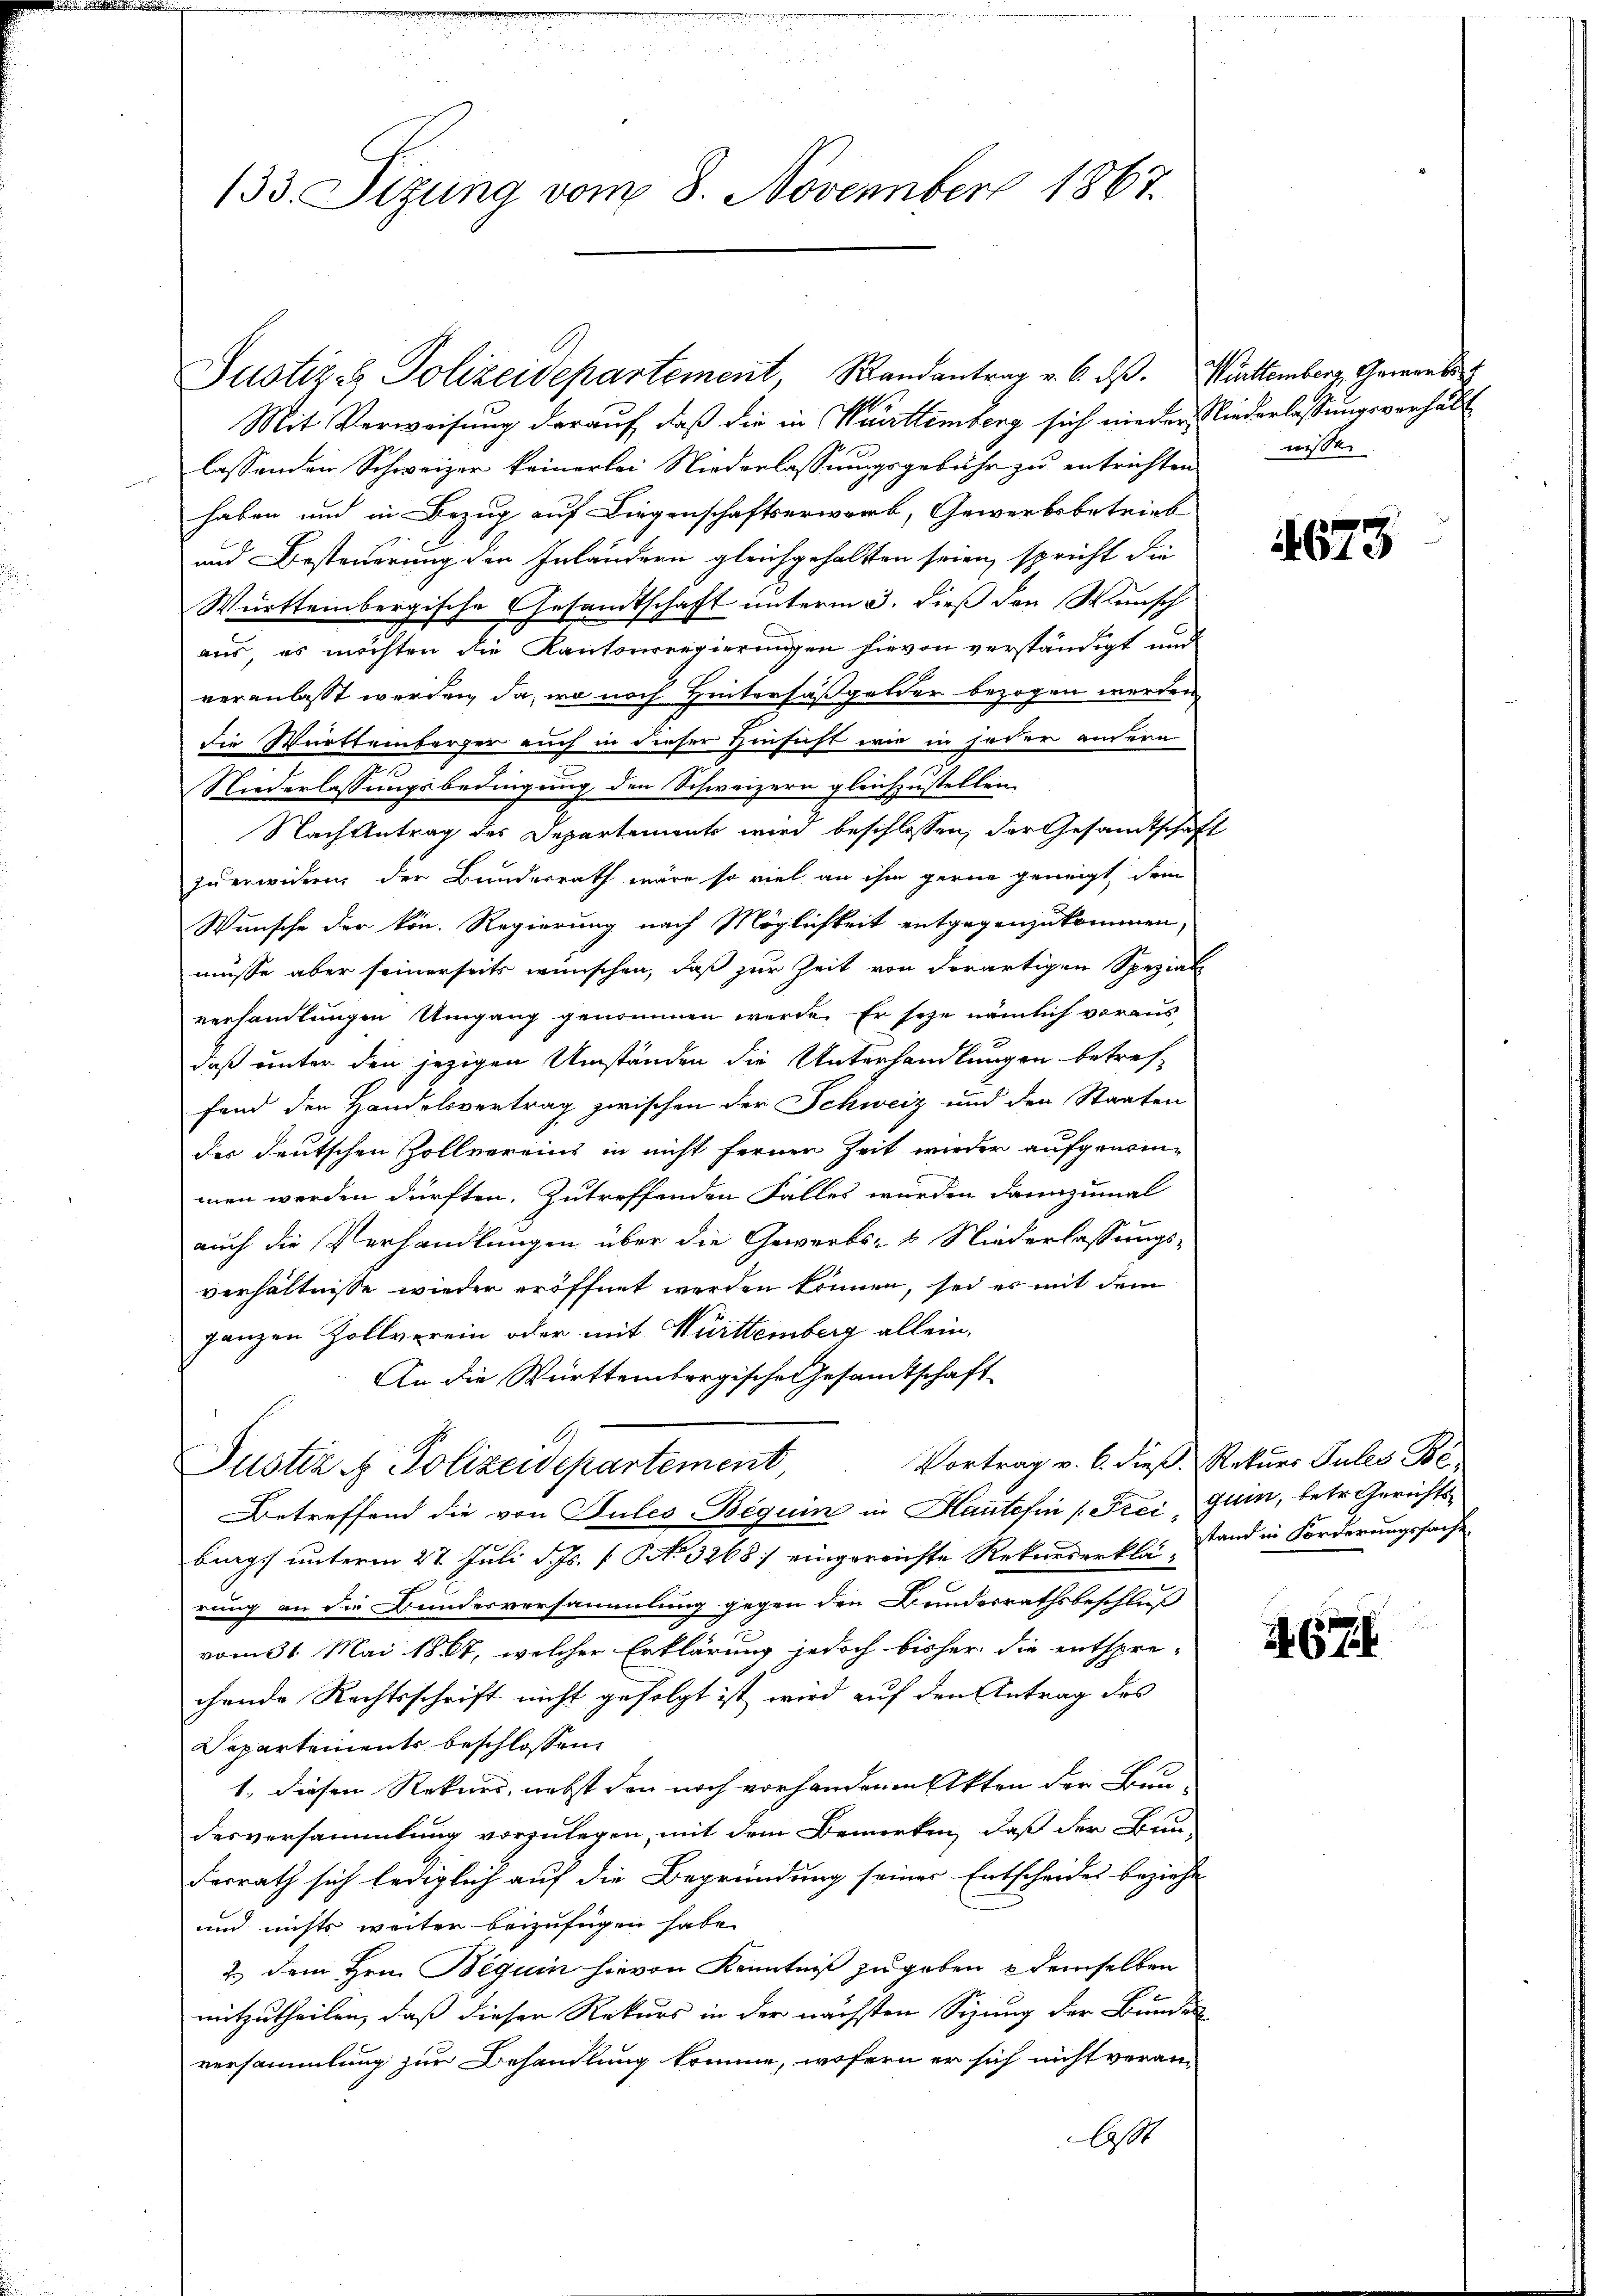
133. Sizung vom 8. November 1867.

Justiz- Polizeidepartement, Randantrag v. 6. dß. Württemberg, Gewerbe
Mit Verweisung darauf, daß die in Warttemberg sich nieder Niederlassungsverhältlassenden Schweizer keinerlei Niederlassungsgebühr zu entrichten wissen
haben und in Bezug auf Liegenschaftserwerb, Gewerbsbetrieb
und Besteuerung den Inländern gleichgehalten seien, spricht die
Württembergische Gesamtschaft unterm 3. dieß den Wunsch
aus, es möchten die Kantonsregierungen hievon verständigt und
veranlasst werden, da, wo noch Hintersäßgelder bezogen werden
die Württemberger auch in dieser Hinsicht wie in jeder andern
Niederlassungsbedingung den Schweizern gleichzustellen.
Nach Antrag des Departements wird beschlossen, der Gesandtschaft
zuerwidern der Bundesrath wäre so viel an ihm gerne geneigt, dem
Wunsche der kön. Regierung nach Möglichkeit entgegenzukommen,
müsse aber seinerseits wünschen, daß zur Zeit von derartigen Spezial
verhandlungen Umgang genommen werde. Er sehe nämlich voraus-
daß unter den jezigen Umständen die Unterhandlungen betreffend den Handelsvertrag zwischen der Schweiz und den Staaten
der deutschen Zollvereins in nicht fernen Zeit wieder aufgenommen werden dürften. Zutreffenden Falles wurden dannzumal
auch die Verhandlungen über die Gewerbs- & Niederlassungs-
verhältnisse wieder eröffnet werden können, sei es mit dem
ganzen Zollverein oder mit Württemberg allein,
An die Württembergische Gesandtschaft
A
Vortrag v. 6. dieß. Rekurs Pules Be
Justiz & Polizeisepartement,
Betreffend die von Pules Beguin in Hautehin (Frei Guin, betr. Gerichtsbung unterm 27. Juli d. Js. f. No 3268 / eingereichte Rekurserklai stand in Forderungssache
rung an die Bundesversammlung gegen den Bundesrathsbeschluß
vom 31. Mai 1861, welcher Erklärung jedoch bisher die entspre-
chende Rechtsschrift nicht gefolgt ist, wird auf den Antrag des
Departements beschlossen:
1. diesen Rekurs, nebst den noch vorhandern Akten der Bau-
desversammlung vorzulegen, mit dem Bemerken, daß der Bun-
Ferrath sich lediglich auf die Begründung seiner Entscheides beziehe
und nichts weiter beizufügen habe.
2.) Dem Hrn. Beguin hievon Kenntniß zugeben demselben
mitzutheilen, daß dieser Rekurs in der nächsten Sizung der Bundes
versammlung zur Behandlung komme, wofern er sich nicht veran¬
A

1673

24. 671.